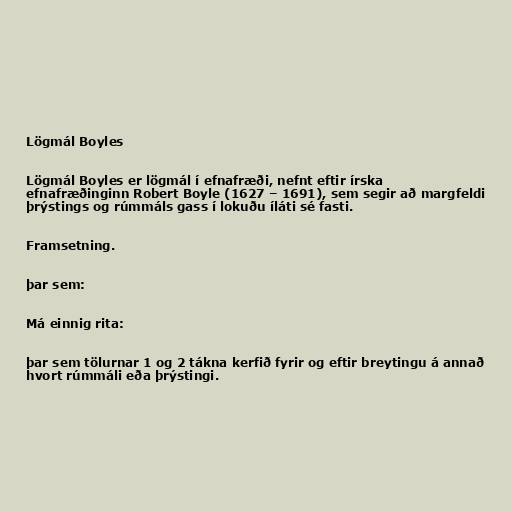
Lögmál Boyles

Lögmál Boyles er lögmál í efnafræði, nefnt eftir írska
efnafræðinginn Robert Boyle (1627 – 1691), sem segir að margfeldi
þrýstings og rúmmáls gass í lokuðu íláti sé fasti.

Framsetning.

þar sem:

Má einnig rita:

þar sem tölurnar 1 og 2 tákna kerfið fyrir og eftir breytingu á annað
hvort rúmmáli eða þrýstingi.